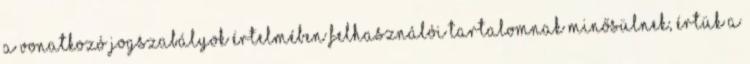
a vonatkozó jogszabályok értelmében felhasználói tartalomnak minősülnek, értük a